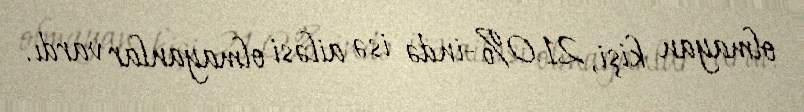
olmayan kişi, 21.0%-ində isə ailəsi olmayanlar vardı.